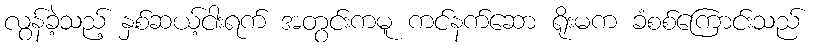
လွန်ခဲ့သည့် နှစ်ဆယ့်ငါးရက် အတွင်းကမူ ကင်နက်ဆော ရိုးမက ခံစစ်ကြောင်းသည်